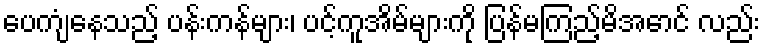
ပေကျံနေသည့် ပန်းကန်များ၊ ပင့်ကူအိမ်များကို ပြန်မကြည့်မိအောင် လည်း